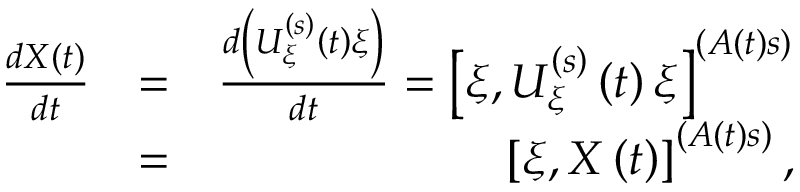
\begin{array} { r l r } { \frac { d X \left( t \right) } { d t } } & { = } & { \frac { d \left( U _ { \xi } ^ { \left( s \right) } \left( t \right) \xi \right) } { d t } = \left[ \xi , U _ { \xi } ^ { \left( s \right) } \left( t \right) \xi \right] ^ { \left( A \left( t \right) s \right) } } \\ & { = } & { \left[ \xi , X \left( t \right) \right] ^ { \left( A \left( t \right) s \right) } , } \end{array}